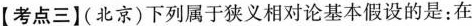
【考点三】(北京)下列属于狭义相对论基本假设的是：在